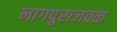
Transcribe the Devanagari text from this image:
नागपुराजवळ